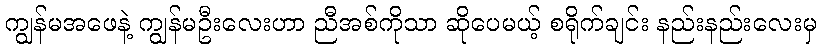
ကျွန်မအဖေနဲ့ ကျွန်မဦးလေးဟာ ညီအစ်ကိုသာ ဆိုပေမယ့် စရိုက်ချင်း နည်းနည်းလေးမှ